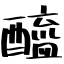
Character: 醯